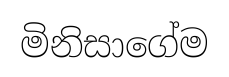
මිනිසාගේම